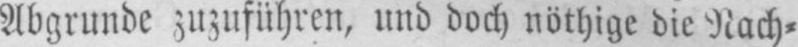
Abgrunde zuzuführen, und doch nöthige die Nach⸗